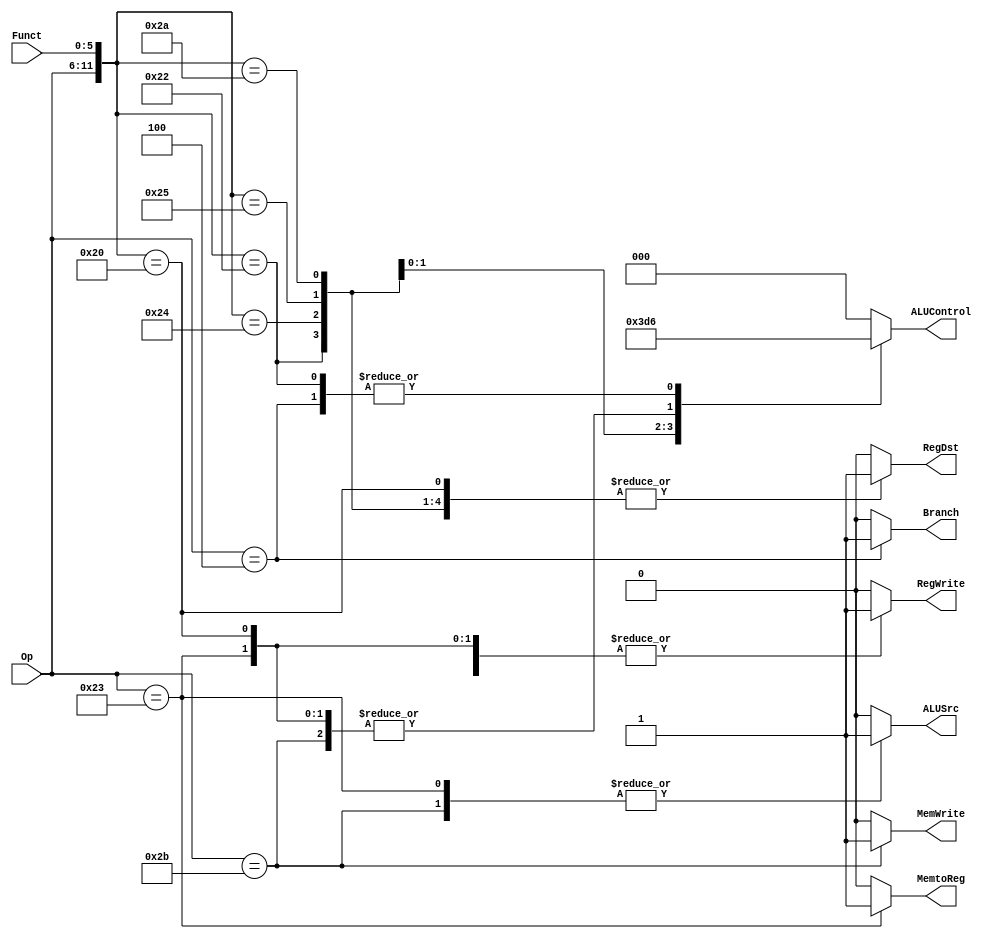
`timescale 1ns / 1ps
//////////////////////////////////////////////////////////////////////////////////
// Company: 
// Engineer: 
// 
// Design Name: 
// Module Name:    Control_Unit 
// Project Name: 
// Target Devices: 
// Tool versions: 
// Description: 
//
// Dependencies: 
//
// Revision: 
// Revision 0.01 - File Created
// Additional Comments: 
//
//////////////////////////////////////////////////////////////////////////////////
module Control_Unit(
	input [5:0]Op,
	input [5:0]Funct,
	output reg RegWrite,
	output reg RegDst,
	output reg ALUSrc,
	output reg [2:0]ALUControl,
	output reg Branch,
	output reg MemWrite,
	output reg MemtoReg
    );
	always@(*)
	begin
		RegDst=0;
		ALUSrc=0;
		MemtoReg=0;
		RegWrite=0;
		MemWrite=0;
		Branch=0;
		ALUControl=0;
	casex({Op,Funct})
		12'b000000_100000: begin//add
		RegDst=1;
		RegWrite=1;
		ALUControl=3'b010;
		end
		12'b000000_100010: begin//sub
		RegDst=1;
		RegWrite=1;
		ALUControl=3'b110;
		end
		12'b000000_100100: begin//and
		RegDst=1;
		RegWrite=1;
		ALUControl=3'b000;
		end
		12'b000000_100101: begin//or
		RegDst=1;
		RegWrite=1;
		ALUControl=3'b001;
		end
		12'b000000_101010: begin//slt
		RegDst=1;
		RegWrite=1;
		ALUControl=3'b111;
		end
		12'b100011_xxxxxx: begin//lw
		ALUSrc=1;
		MemtoReg=1;
		RegWrite=1;
		ALUControl=3'b010;
		end
		12'b101011_xxxxxx: begin//sw
		ALUSrc=1;
		MemWrite=1;
		ALUControl=3'b010;
		end
		12'b000100_xxxxxx: begin//beq
		Branch=1;
		ALUControl=3'b110;
		end
		default:;
	endcase
	end
endmodule